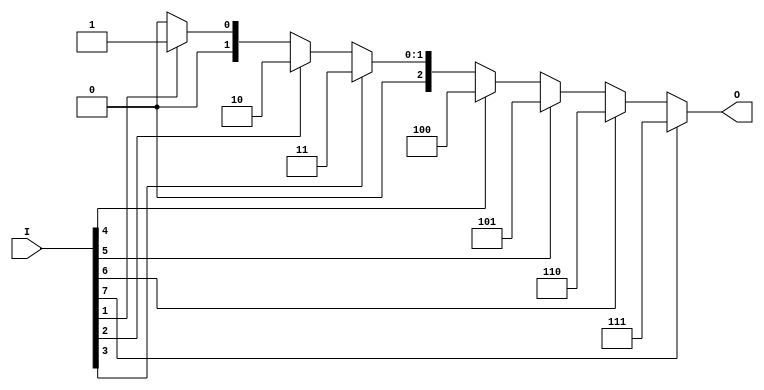
module binary_encoder (
    input  wire [7:0] I,  // 8 input lines
    output reg  [2:0] O   // 3-bit output
);

// Combinational logic for encoding the inputs
always @(*)
begin
    case (1'b1) // Check for the highest priority active input
        I[7]: O = 3'b111; // I7 is active
        I[6]: O = 3'b110; // I6 is active
        I[5]: O = 3'b101; // I5 is active
        I[4]: O = 3'b100; // I4 is active
        I[3]: O = 3'b011; // I3 is active
        I[2]: O = 3'b010; // I2 is active
        I[1]: O = 3'b001; // I1 is active
        I[0]: O = 3'b000; // I0 is active
        default: O = 3'b000; // No input is active
    endcase
end

endmodule